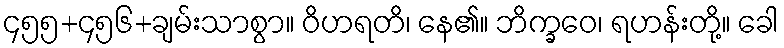
၄၅၅+၄၅၆+ချမ်းသာစွာ။ ဝိဟရတိ၊ နေ၏။ ဘိက္ခဝေ၊ ရဟန်းတို့။ ခေါ